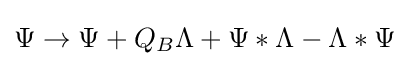
\Psi \to \Psi +Q_{B}\Lambda +\Psi *\Lambda -\Lambda *\Psi \